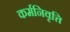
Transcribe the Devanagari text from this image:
कर्मनिवृत्ति